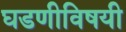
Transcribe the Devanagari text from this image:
घडणीविषयी